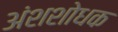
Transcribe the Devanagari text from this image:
अंशशोधक